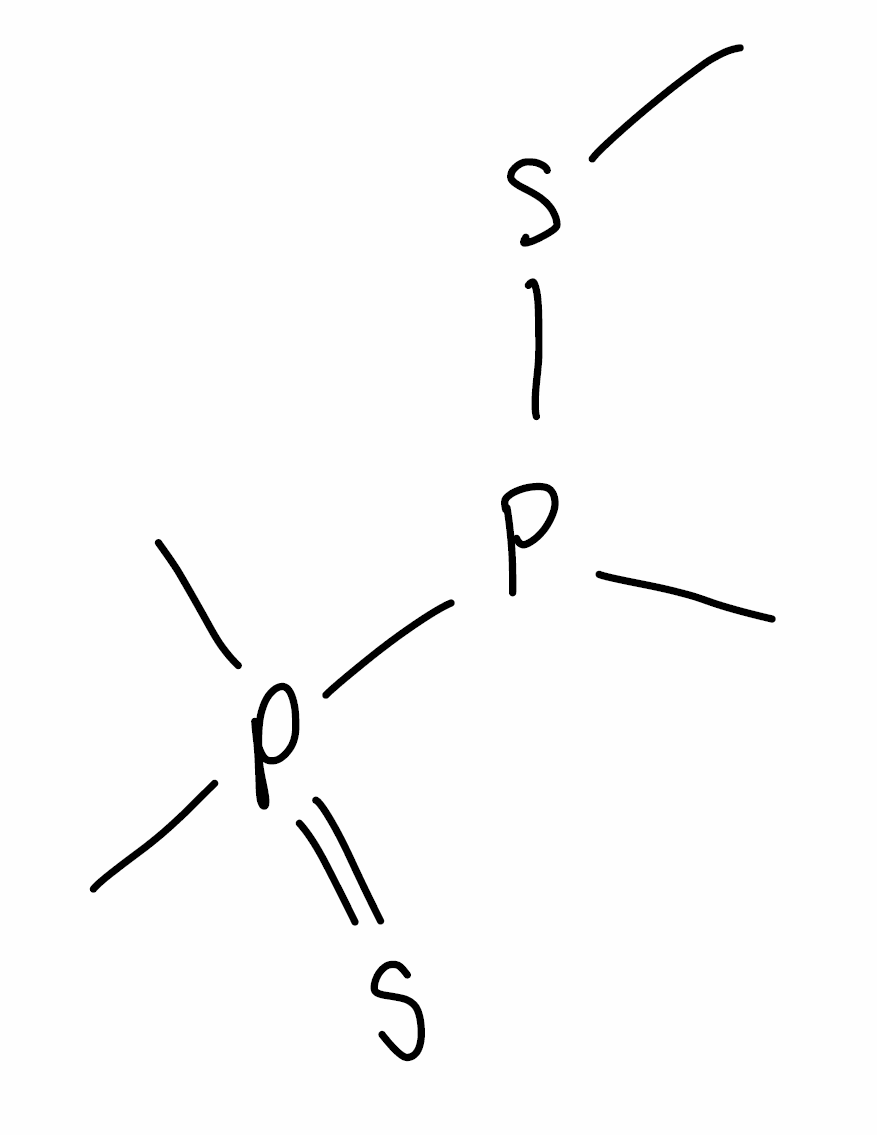
Simplified molecular-input line-entry system (SMILES) notation of the given molecule:
CP(P(=S)(C)C)SC